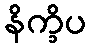
နိက္ခိပ